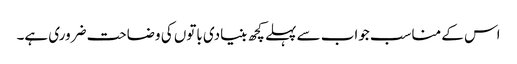
اس کے مناسب جواب سے پہلے کچھ بنیادی باتوں کی وضاحت ضروری ہے۔